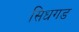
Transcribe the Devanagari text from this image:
सिधगड